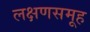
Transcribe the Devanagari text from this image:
लक्षणसमूह